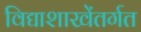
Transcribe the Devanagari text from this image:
विद्याशाखेंतर्गत